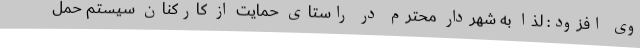
وی افزود: لذا به شهردار محترم در راستای حمایت از کارکنان سیستم حمل